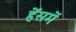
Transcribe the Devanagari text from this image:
हॅेसमें